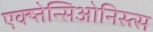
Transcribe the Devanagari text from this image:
एक्ष्तेन्सिओनिस्त्स